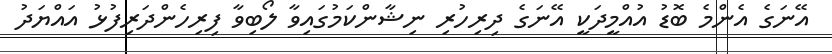
އޭނަގެ އެންމެ ބޮޑު އުއްމީދަކީ އޭނަގެ ދިރިހުރި ނިޝާންކަމުގައިވާ ލޯބިވާ ފިރިހެންދަރިފުޅު އައްޔަދު